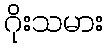
ဂိုးသမား